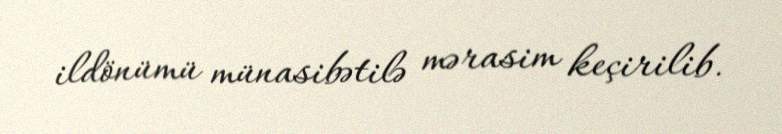
ildönümü münasibətilə mərasim keçirilib.